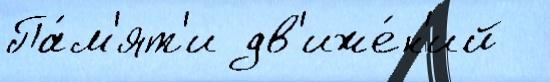
Па́м'ят'и дв'иже́н'ий